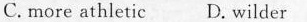
C. more athletic D. Wilder